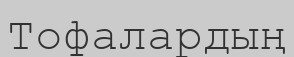
Тофалардың